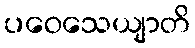
ပဝေသေယျာတိ